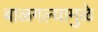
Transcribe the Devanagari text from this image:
बाळगल्यामुळे